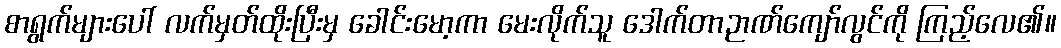
စာရွက်များပေါ် လက်မှတ်ထိုးပြီးမှ ခေါင်းမော့ကာ မေးလိုက်သူ ဒေါက်တာဉာဏ်ကျော်လွင်ကို ကြည့်လေ၏။